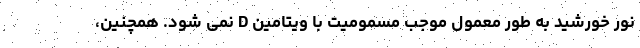
نور خورشید به طور معمول موجب مسمومیت با ویتامین D نمی شود. همچنین،